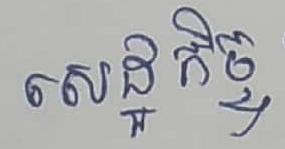
សេដ្ឋកិច្ច